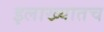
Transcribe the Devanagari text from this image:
इलाख्यातच